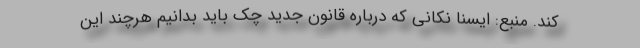
کند. منبع: ایسنا نکانی که درباره قانون جدید چک باید بدانیم هرچند این